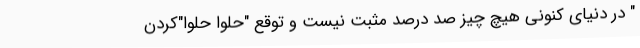
" در دنیای کنونی هیچ چیز صد درصد مثبت نیست و توقع "حلوا حلوا"کردن